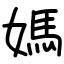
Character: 媽